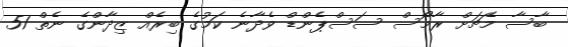
ބާސާ މެޗަށް ރާމޯސް ސަސްޕެންޑް ވެދާނެ ކަމުގެ ބިރެއް ޒިދާންގެ ނެތް 51